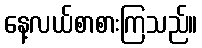
နေ့လယ်စာစားကြသည်။